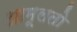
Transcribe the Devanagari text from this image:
आमूलतो